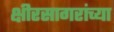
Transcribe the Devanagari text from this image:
क्षीरसागरांच्या